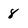
Character: 8